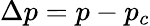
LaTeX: \Delta p=p-p_{c}